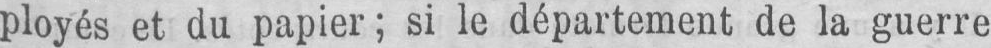
ployés et du papier; si le département de la guerre